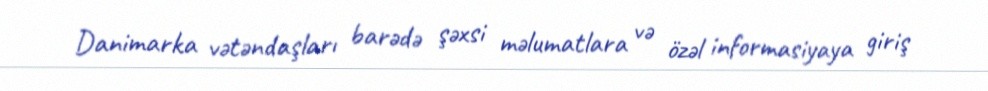
Danimarka vətəndaşları barədə şəxsi məlumatlara və özəl informasiyaya giriş